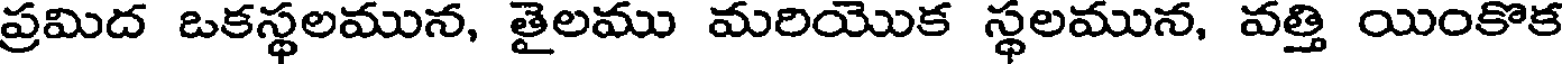
ప్రమిద ఒకస్థలమున, తైలము మరియొక స్థలమున, వత్తి యింకొక